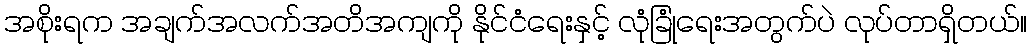
အစိုးရက အချက်အလက်အတိအကျကို နိုင်ငံရေးနှင့် လုံခြုံရေးအတွက်ပဲ လုပ်တာရှိတယ်။